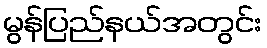
မွန်ပြည်နယ်အတွင်း